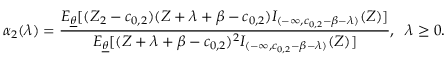
\alpha _ { 2 } ( \lambda ) = \frac { E _ { \underline { { \theta } } } [ ( Z _ { 2 } - c _ { 0 , 2 } ) ( Z + \lambda + \beta - c _ { 0 , 2 } ) I _ { ( - \infty , c _ { 0 , 2 } - \beta - \lambda ) } ( Z ) ] } { E _ { \underline { { \theta } } } [ ( Z + \lambda + \beta - c _ { 0 , 2 } ) ^ { 2 } I _ { ( - \infty , c _ { 0 , 2 } - \beta - \lambda ) } ( Z ) ] } , \; \; \lambda \geq 0 .